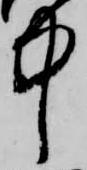
中